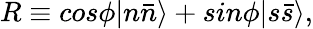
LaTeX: R\equiv cos\phi|n\bar{n}\rangle+sin\phi|s\bar{s}\rangle,